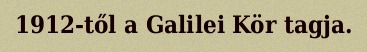
1912-től a Galilei Kör tagja.